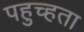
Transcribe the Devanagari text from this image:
पहुच्हता